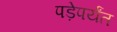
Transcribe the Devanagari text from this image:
पड़ेपर्यंत